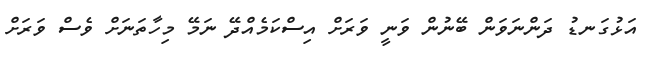
އަޅުގަނޑު ދަންނަވަން ބޭނުން ވަނީ ވަރަށް އިސްކަމެއްދޭ ނަމޭ މިހާތަނަށް ވެސް ވަރަށް